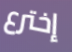
إخترع